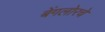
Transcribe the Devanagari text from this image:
बेंगलोरचे